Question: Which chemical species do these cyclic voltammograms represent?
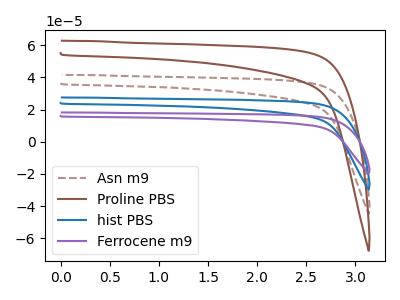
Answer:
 <answer>The brown dashed curve is labeled "Asn m9". The brown curve is labeled "Proline PBS". The blue curve is labeled "hist PBS". The purple curve is labeled "Ferrocene m9".</answer>
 <eval></eval>